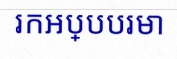
រកអប្បបរមា